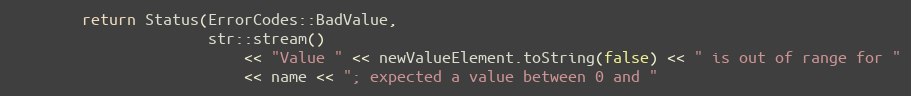
Language: C++
        return Status(ErrorCodes::BadValue,
                      str::stream()
                          << "Value " << newValueElement.toString(false) << " is out of range for "
                          << name << "; expected a value between 0 and "